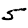
Digit: 5